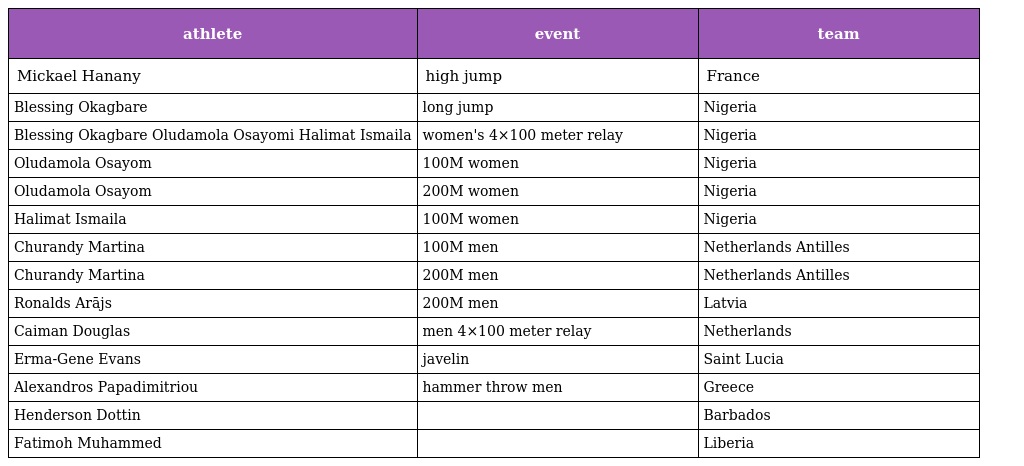
| athlete | event | team |
 | --- | --- | --- |
 | Mickael Hanany | high jump | France |
 | Blessing Okagbare | long jump | Nigeria |
 | Blessing Okagbare Oludamola Osayomi Halimat Ismaila | women's 4×100 meter relay | Nigeria |
 | Oludamola Osayom | 100M women | Nigeria |
 | Oludamola Osayom | 200M women | Nigeria |
 | Halimat Ismaila | 100M women | Nigeria |
 | Churandy Martina | 100M men | Netherlands Antilles |
 | Churandy Martina | 200M men | Netherlands Antilles |
 | Ronalds Arājs | 200M men | Latvia |
 | Caiman Douglas | men 4×100 meter relay | Netherlands |
 | Erma-Gene Evans | javelin | Saint Lucia |
 | Alexandros Papadimitriou | hammer throw men | Greece |
 | Henderson Dottin |  | Barbados |
 | Fatimoh Muhammed |  | Liberia |